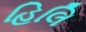
હિલિ